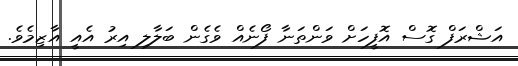
އަޝްރަފް ގޮސް އޮފީހަށް ވަންތަނާ ފޯނެއް ވެގެން ބަލާލި އިރު އެއީ އާޒިމެވެ.